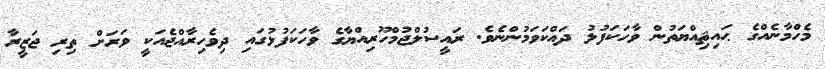
މެހްމާނެއްގެ ޙައިޘިއްޔަތުން ވާހަކަފުޅު ދައްކަވަމުންނެވެ. ރައީސުލްޖުމްހޫރިއްޔާގެ ވާހަކަފުޅުގައި ދިވެހިރާއްޖެއަކީ ވަރަށް ތިރި ޖަޒީރާ